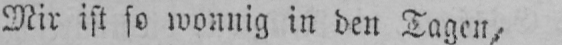
Mir ist so wonnig in den Tagen,